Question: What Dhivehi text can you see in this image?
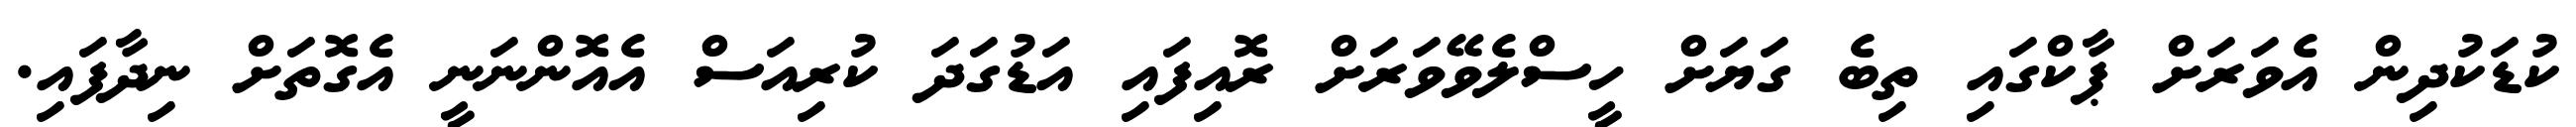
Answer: ކުޑަކުދިން އެވަރަށް ޕާކްގައި ތިބެ ގަޔަށް ހީސްލެވޭވަރަށް ރޮއިފައި އަޑުގަދަ ކުރިއަސް އެއޮންނަނީ އެގޮތަށް ނިދާފައި.